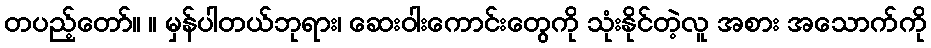
တပည့်တော်။ ။ မှန်ပါတယ်ဘုရား၊ ဆေးဝါးကောင်းတွေကို သုံးနိုင်တဲ့လူ အစား အသောက်ကို